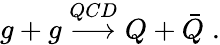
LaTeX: g+g\stackrel{QCD}{\longrightarrow}Q+\bar{Q}\; .